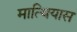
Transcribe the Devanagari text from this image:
मात्थियास